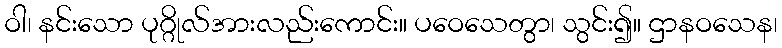
ဝါ၊ နင်းသော ပုဂ္ဂိုလ်အားလည်းကောင်း။ ပဝေသေတွာ၊ သွင်း၍။ ဌာနဝသေန၊